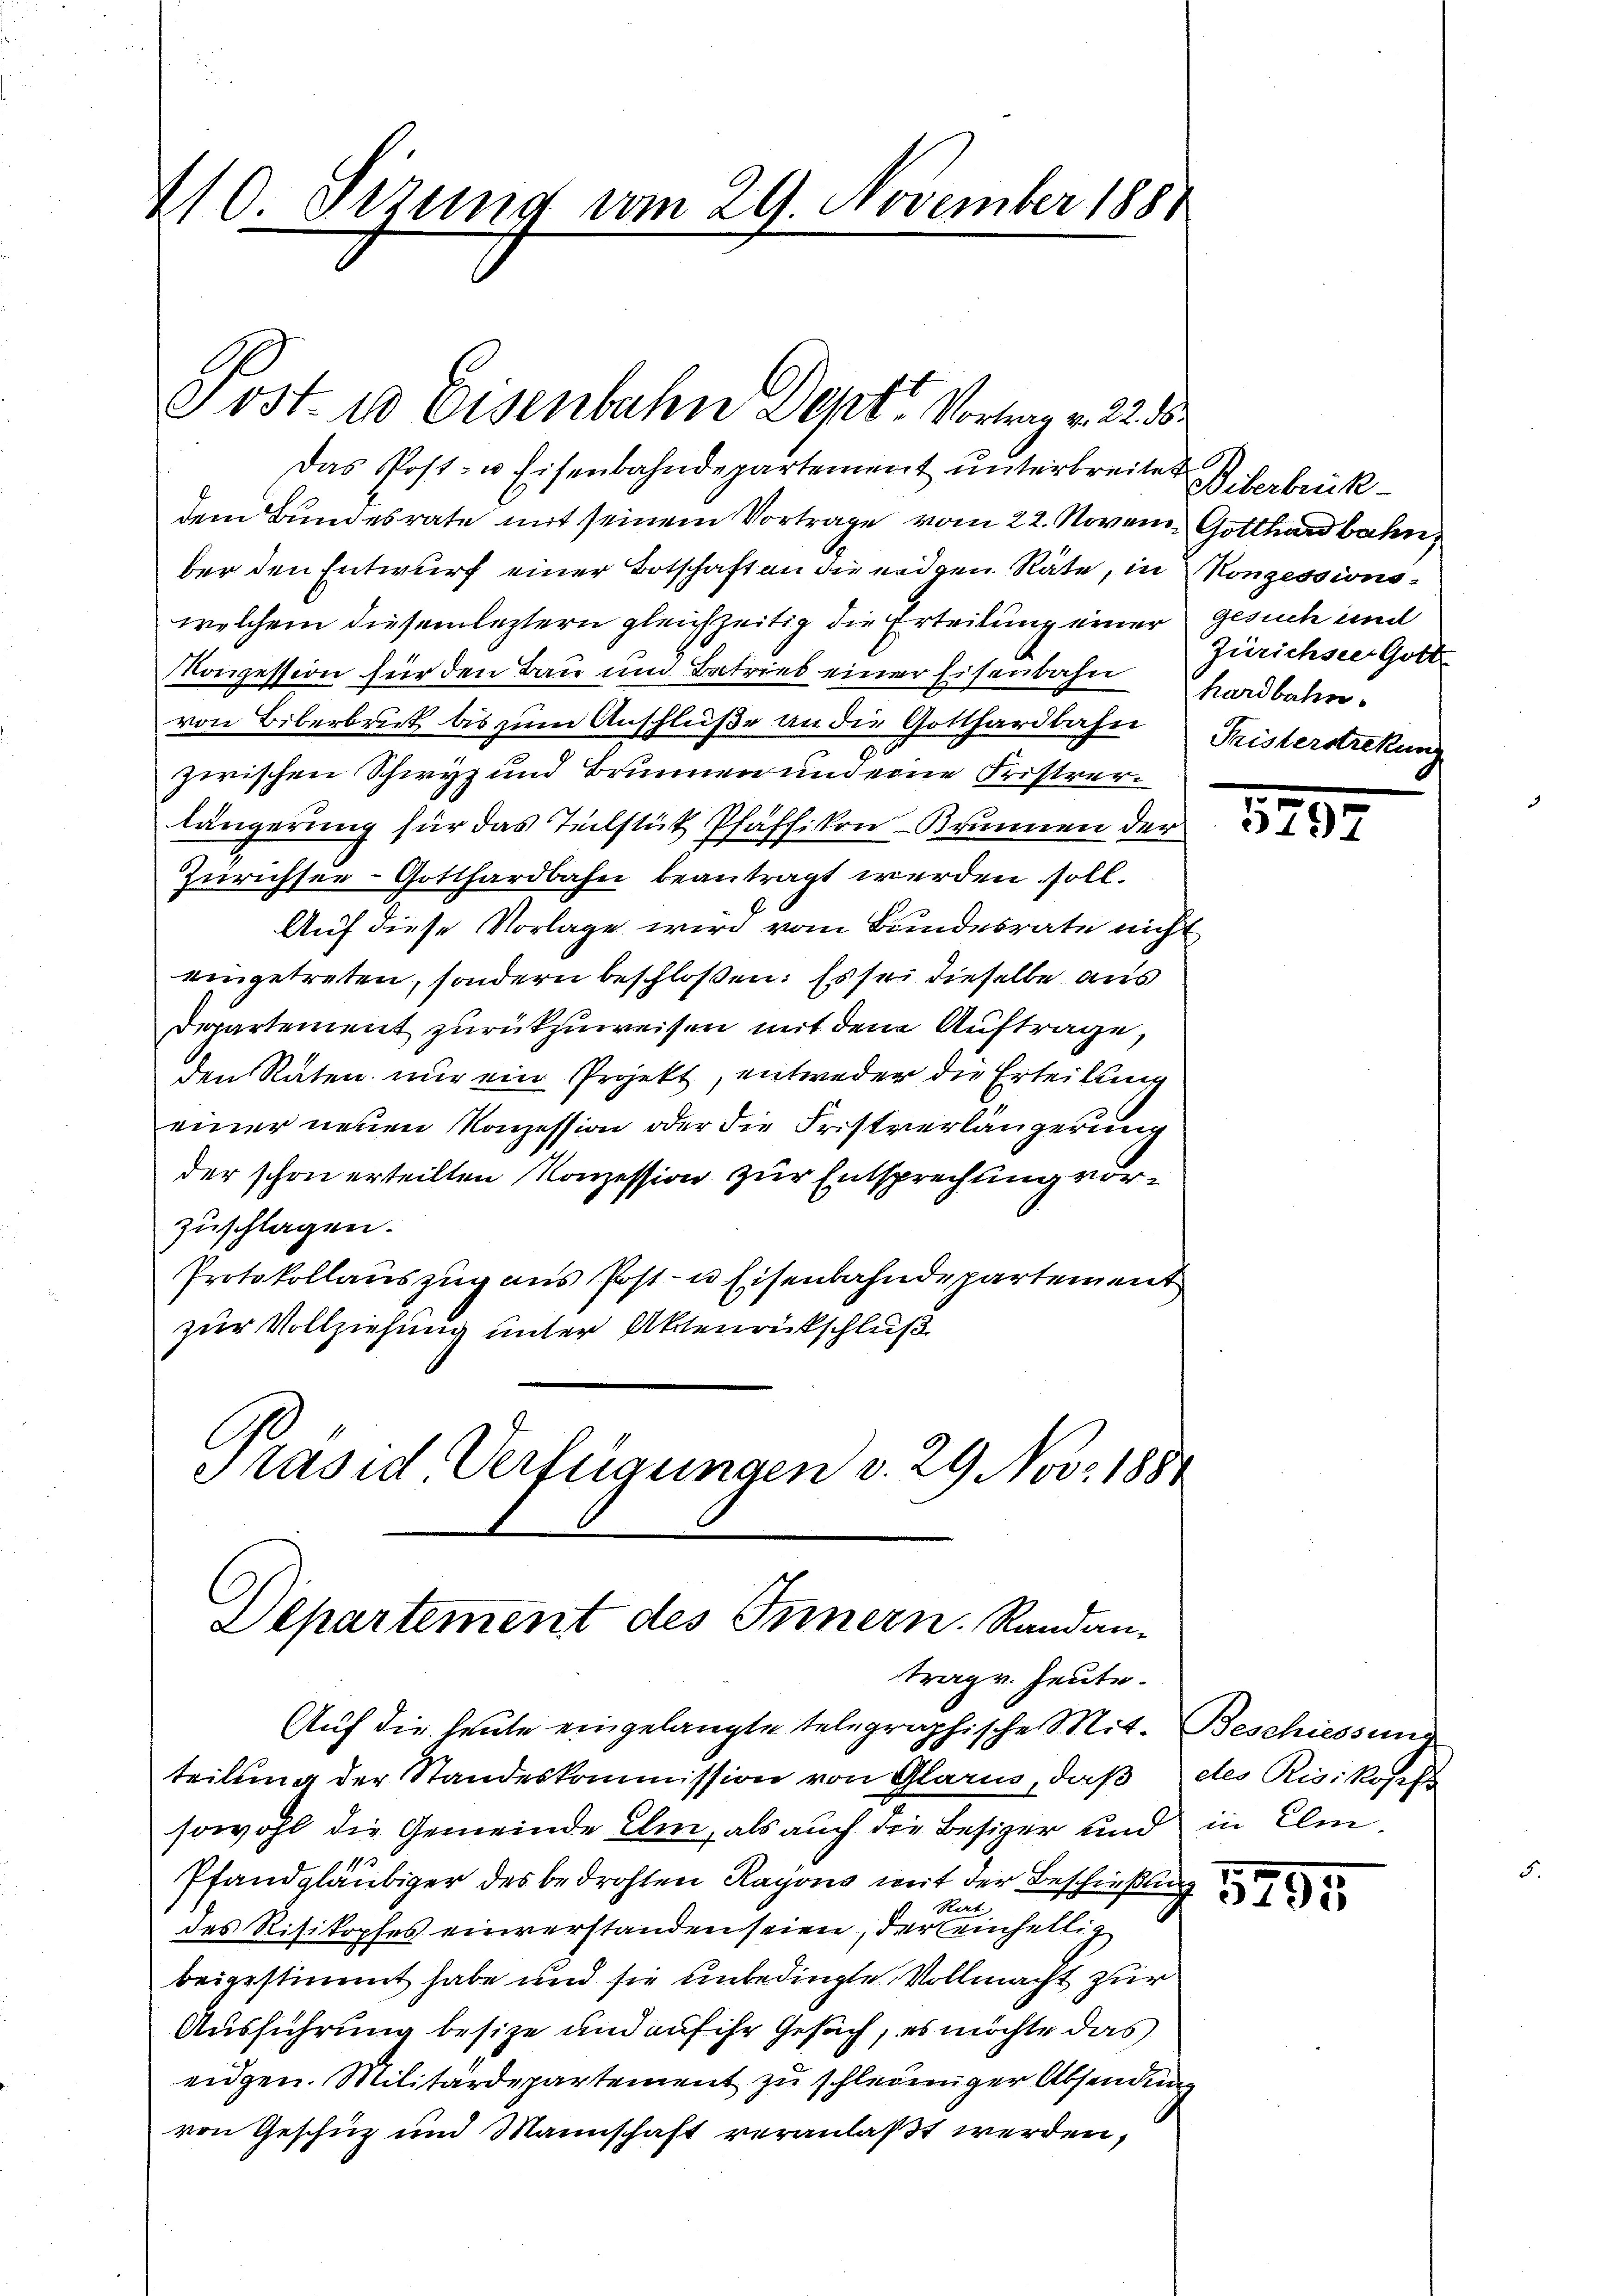
40 Sezung vom 29. November 1881

Das Post- u Eisenbahndepartement unterbreitet iterbrückdem Bundesrate mit seinem Vortrage vom 22. Novem Gotthardbahn
ber den Entwurf einer Botschaft an die eidgen. Räte, in
welchem diesem leztern gleichzeitig die Erteilung einer
Konzession für den Bau um Betrieb einer Eisenbahn
von Biberbruk bis zum Anschlüße an die Gotthardbahn
zwischen Schwyz und Brunnen und eine Fristverlängerung für das Teilstük Pfäffikon Brunnen der
Zürichsee-Gotthardbahn beantragt werden soll.
Auf diese Vorlage wird vom Bundesrate nich
eingetreten, sondern beschloßen: Es sei dieselbe aus
Departement zurückzuweisen mit dem Auftrage,
den Raten nur ein Projekt, entweder die Erteilung
einer neuen Konzession oder die Fristverlängerung
der schon erteilten Konzession zur Entsprechling vorzuschlagen.
Protokollauszug aus Post- u Eisenbahndepartement
zur Vollziehung unter Aktenrückschluß
Präsid Verfügungen v. 29 Nov. 188

ost. 10 Eisenbahn Dept Vortrag v. 22. 55.

Departement des Innern. Randan-
trage. Heute.

Auf die heute eingelangte telegraphische Mit. Beschiessung
teilung der Standeskommission von Glarus, daß
sowohl die Gemeinde Ulm, als auch die Besizer und
Pfandgläubiger des bedrohten Rayons mit der Beschießung
Hert
des Risikopfes einverstanden seien, der einhellig
beigestimmt habe und sie unbedingte Vollmacht zur
Ausführung besize und auf ihr Gesuch, es möchte das
eidgen. Militärdepartement zu schleiniger Absendung
von Geschüz und Mannschaft veranlaßt werden,

Konzessions-
gesuch und
Zürichste Gotte
hardbahn.
Pristerstrekung

E

1253

des Risikosef
in Elm.